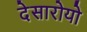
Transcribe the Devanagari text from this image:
देसारोयो